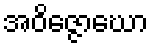
အဝိဇ္ဇောဃော